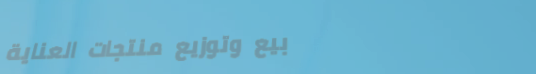
بيع وتوزيع منتجات العناية